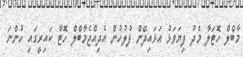
މާބްލް ހޮޓަލާ މެދު ފިޔަވަޅު އަޅައިދޭން ފުލުހުން އެދިއްޖެމާބްލް ހޮޓާ ކައިރީގައި ހުންނަ